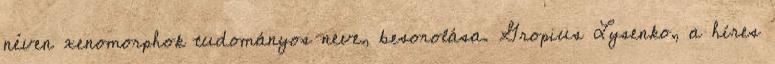
néven xenomorphok tudományos neve, besorolása. Gropius Lysenko, a híres